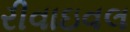
રીવાઇવલ